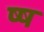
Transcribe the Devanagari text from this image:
ष्ष